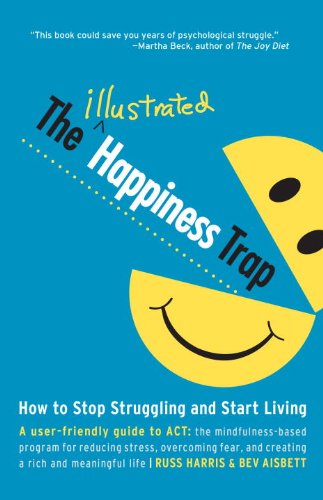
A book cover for The Illustrated Happiness Trap: How to Stop Struggling and Start Living; Russ Harris; Self-Help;